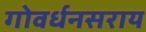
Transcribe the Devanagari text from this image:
गोवर्धनसराय